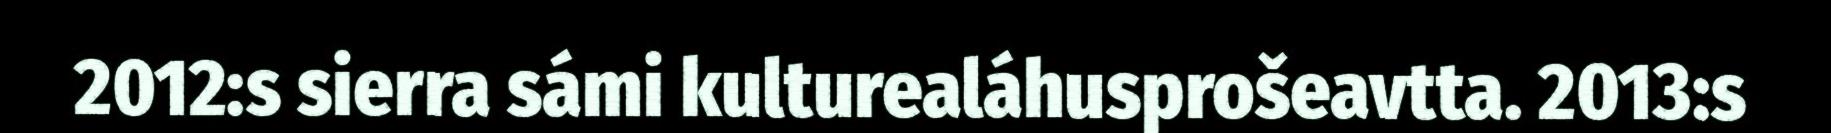
2012:s sierra sámi kulturealáhusprošeavtta. 2013:s